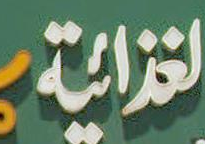
الغذائية